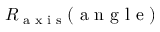
R _ { \textrm { a x i s } } ( { \textrm { a n g l e } } )